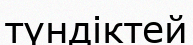
түндіктей